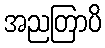
အညတြာပိ